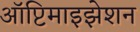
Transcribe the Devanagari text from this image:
ऑप्टिमाइझेशन